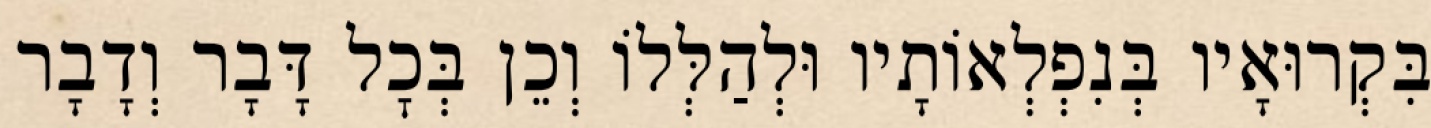
בִּקְרוּאָיו בְּנִפְלְאוֹתָיו וּלְהַלְּלוֹ וְכֵן בְּכׇל דָּבָר וְדָבָר